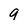
Character: 9